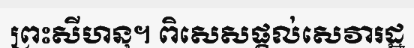
ព្រះសីហនុ។ ពិសេសផ្តល់សេវារដ្ឋ